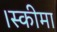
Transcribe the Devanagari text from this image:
।स्कीमा